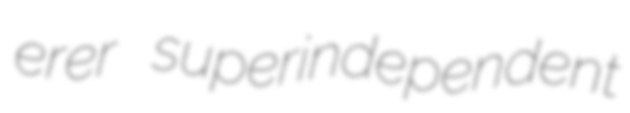
erer superindependent